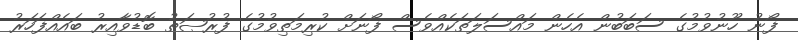
ފޯނު ހޫނުވުމުގެ ސަބަބުން އެހެން މައްސަލަތަކެއްވެސް ފޯނަށް ކުރިމަތިވުމުގެ ފުރުޞަތު ބޮޑުވާއިރު ބައެއްފަހަރު